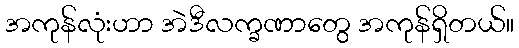
အကုန်လုံးဟာ အဲဒီလက္ခဏာတွေ အကုန်ရှိတယ်။